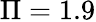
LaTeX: \Pi=1.9